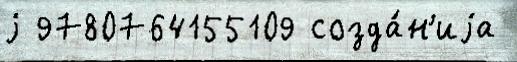
j 9780764155109 созда́н'иjа